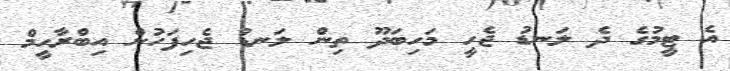
އެ ޓީމުގެ ދެ ލަނޑު ޖެހީ މަހިބަދޫ ތިން ލަނޑު ޖެހިފަހުން އިބްރާހީމް